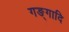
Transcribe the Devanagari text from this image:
गङ्गादि